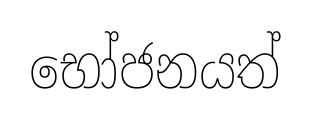
භෝජනයත්